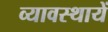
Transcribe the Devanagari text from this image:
व्यावस्थायें